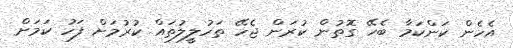
އެހެން ކަންކަމާ ބެހޭ ގޮތުން ކުރަން ޖެހޭ ތަހުލީލުތައް ކުރުމަށް ފަހު ކަމަށް